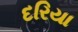
દરિયા